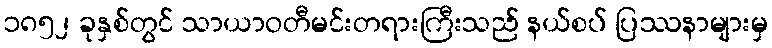
၁၈၅၂ ခုနှစ်တွင် သာယာဝတီမင်းတရားကြီးသည် နယ်စပ် ပြဿနာများမှ